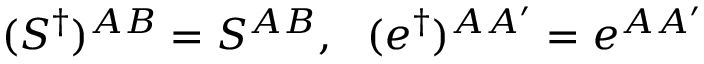
( S ^ { \dag } ) ^ { A B } = S ^ { A B } , \ \ ( e ^ { \dag } ) ^ { A A ^ { \prime } } = e ^ { A A ^ { \prime } }